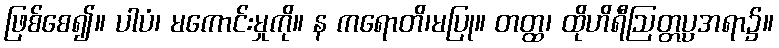
ဖြစ်စေ၍။ ပါပံ၊ မကောင်းမှုကို။ န ကရောတိ၊မပြု။ တတ္ထ၊ ထိုဟိရီဩတ္တပ္ပအရာ၌။